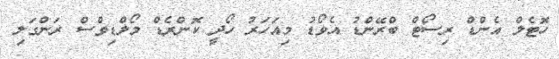
ހޮޓެލް އެންޑް ރިސޯޓް ބްރޭންޑު އެވޯޑު މިއަހަރު ހޯދީ ކޮންރެޑް މޯލްޑިވްސް ރަންގަލި